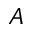
A